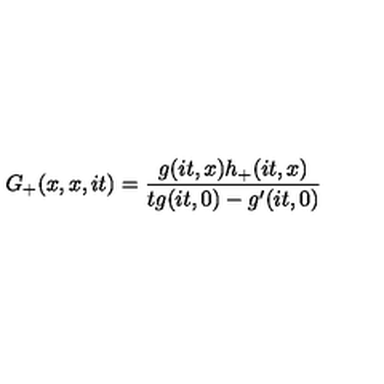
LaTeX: G _ { + } ( x , x , i t ) = \frac { g ( i t , x ) h _ { + } ( i t , x ) } { t g ( i t , 0 ) - g ^ { \prime } ( i t , 0 ) }